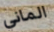
الماني